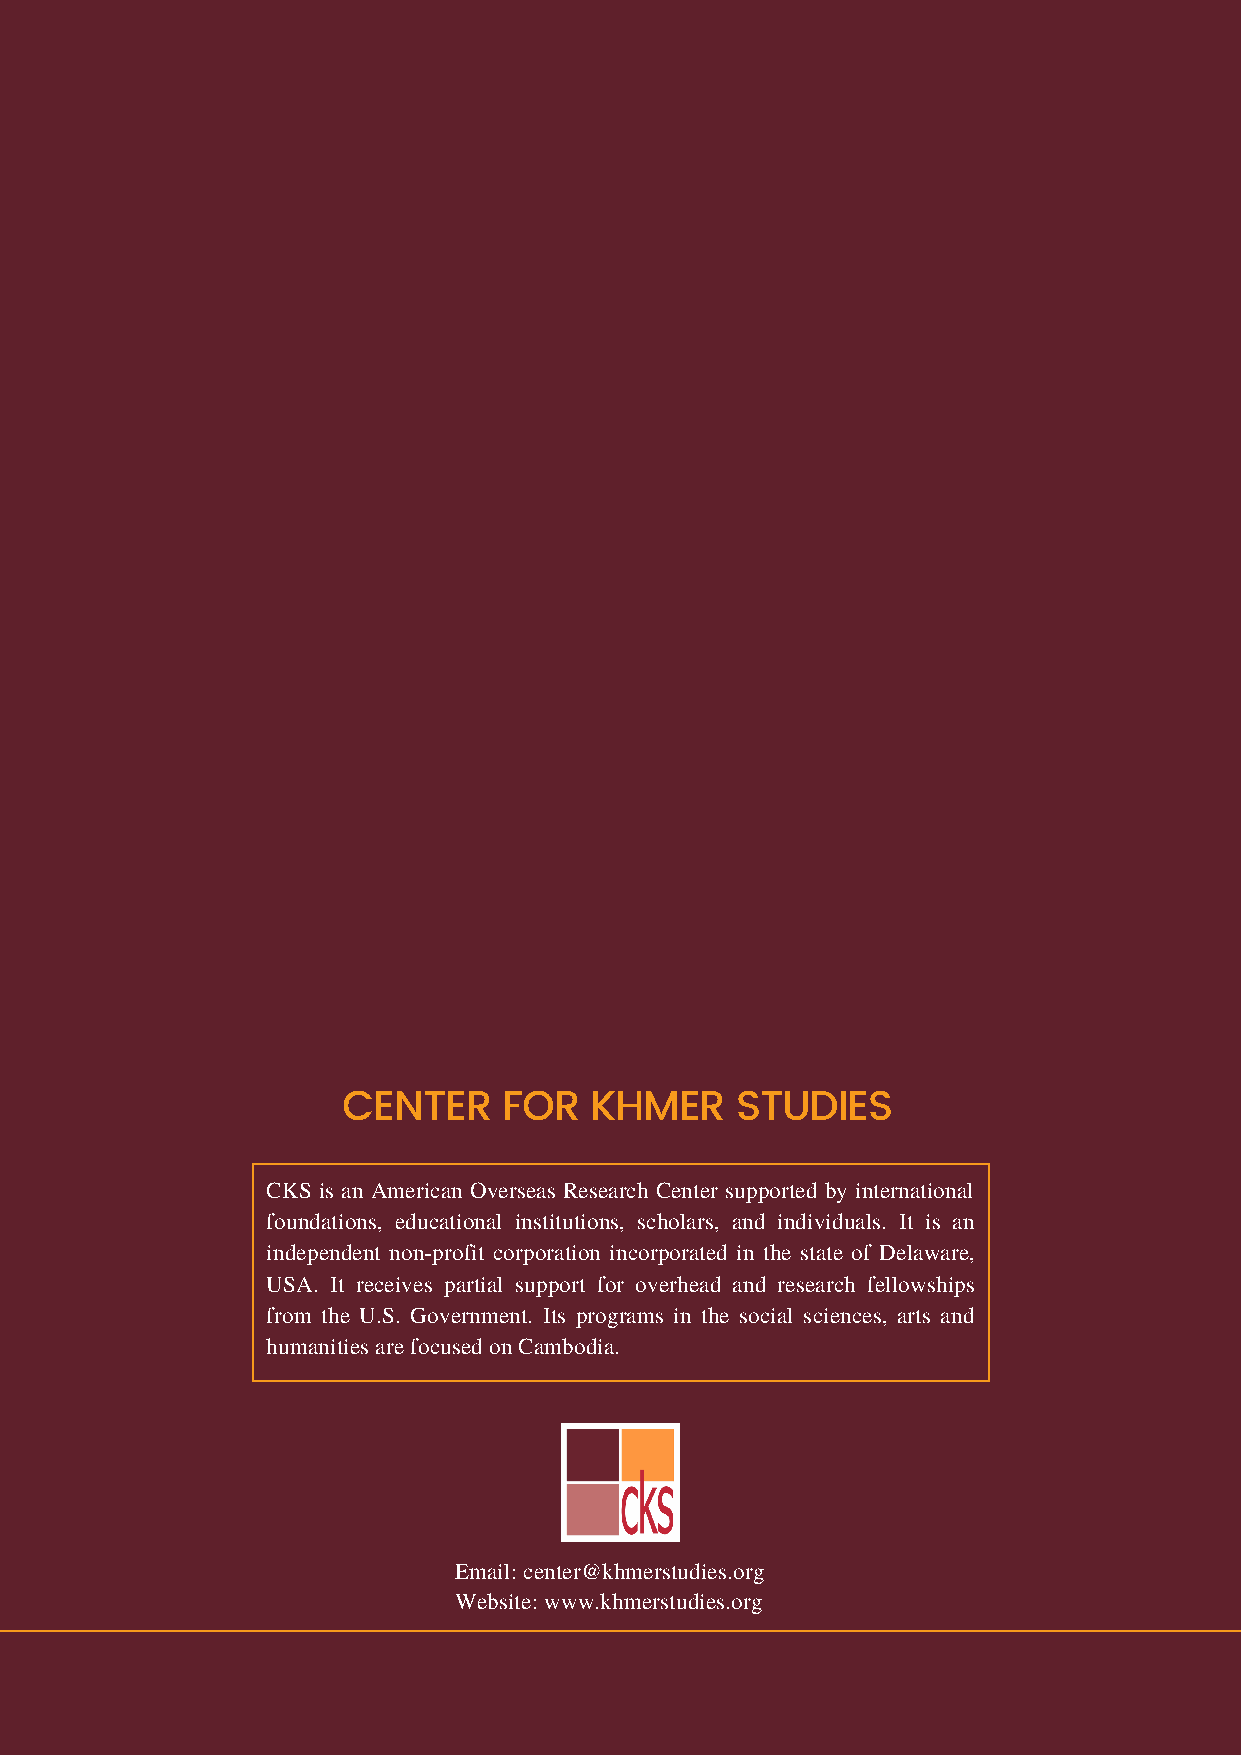
CENTER    FOR   KHMER     STUDIES
 CKS is an American Overseas Research Center supported by international
 foundations, educational institutions, scholars, and individuals. It is an
 independent non-profit corporation incorporated in the state of Delaware,
 USA. It receives partial support for overhead and research fellowships
 from the U.S. Government. Its programs in the social sciences, arts and
 humanities are focused on Cambodia.
 Email: center@khmerstudies.org
 Website: www.khmerstudies.org